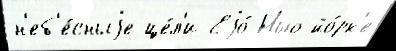
н'еб'е́сныjе це́л'и Еjо́ Нью-йо́рк'е